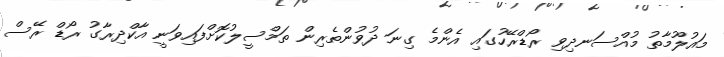
މައުލޫމާތު މުއްސަނދިވި ރޯޑްރޭހުގައި އެންމެ ގިނަ ދުވުންތެރިން ތަމްސީލުކޮށްފައިވަނީ އާކްދިރާގު ރޯޑް ރޭސް